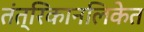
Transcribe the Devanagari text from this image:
तंत्रिकानलिकेत